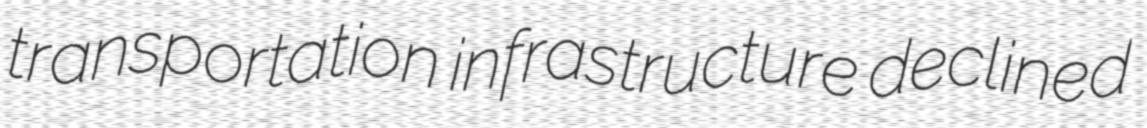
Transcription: transportation infrastructure declined